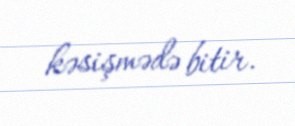
kəsişmədə bitir.